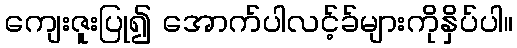
ကျေးဇူးပြု၍ အောက်ပါလင့်ခ်များကိုနှိပ်ပါ။